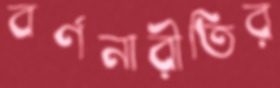
বর্ণনারীতির